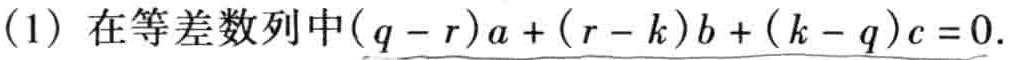
(1) 在等差数列中\((q - r)a + (r - k)b + (k - q)c = 0\).